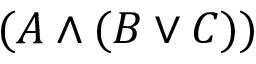
( A \land ( B \lor C ) )